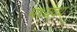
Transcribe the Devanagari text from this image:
मध्यवय